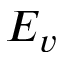
E _ { v }